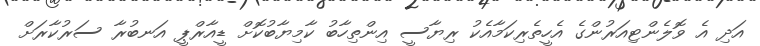
އަދި އެ ވޮލެންޓިއަރުންގެ އެހީތެރިކަމާއެކު ރިޔާސީ އިންތިހާބު ކާމިޔާބުކޮށް ޑީއާރްޕީ އަނބުރާ ސަރުކާރަށް